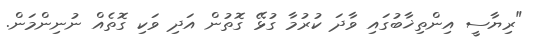
"ރިޔާސީ އިންތިޚާބުގައި ވާދަ ކުރުމާ ގުޅޭ ގޮތުން އަދި ވަކި ގޮތެއް ނުނިންމަން.